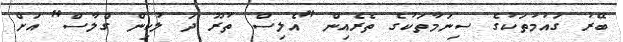
ބޭރު ގައުމުތަކުގެ ސިނަމާތަކުގެ ތެރެއިން "އެލިސް ތުރޫ ދަ ލުކިން ގްލާސް" އަށް